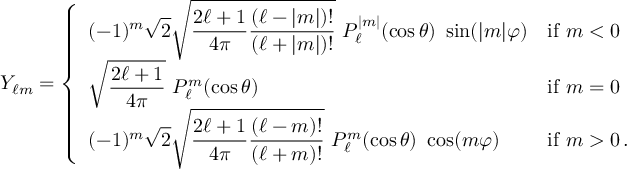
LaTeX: Y _ { \ell m } = { \left\{ \begin{array} { l l } { \displaystyle ( - 1 ) ^ { m } { \sqrt { 2 } } { \sqrt { { \frac { 2 \ell + 1 } { 4 \pi } } { \frac { ( \ell - | m | ) ! } { ( \ell + | m | ) ! } } } } \ P _ { \ell } ^ { | m | } ( \cos \theta ) \ \sin ( | m | \varphi ) } & { { \mathrm { i f ~ } } m < 0 } \\ { \displaystyle { \sqrt { \frac { 2 \ell + 1 } { 4 \pi } } } \ P _ { \ell } ^ { m } ( \cos \theta ) } & { { \mathrm { i f ~ } } m = 0 } \\ { \displaystyle ( - 1 ) ^ { m } { \sqrt { 2 } } { \sqrt { { \frac { 2 \ell + 1 } { 4 \pi } } { \frac { ( \ell - m ) ! } { ( \ell + m ) ! } } } } \ P _ { \ell } ^ { m } ( \cos \theta ) \ \cos ( m \varphi ) } & { { \mathrm { i f ~ } } m > 0 \, . } \end{array} \right. }